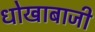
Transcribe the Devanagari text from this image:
धोखाबाजी